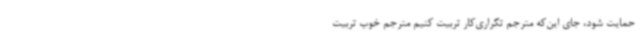
حمایت شود، جای این‌که مترجم تکراری‌کار تربیت کنیم مترجم خوب تربیت